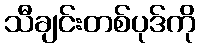
သီချင်းတစ်ပုဒ်ကို